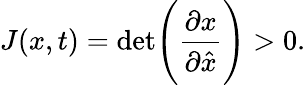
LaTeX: J(x,t)=\mathrm{det}\Bigg(\frac{\partial x}{\partial\hat{x}}\Bigg)>0.